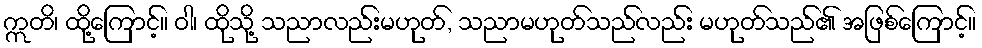
ဣတိ၊ ထို့ကြောင့်။ ဝါ၊ ထိုသို့ သညာလည်းမဟုတ်, သညာမဟုတ်သည်လည်း မဟုတ်သည်၏ အဖြစ်ကြောင့်။